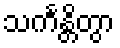
သင်္ကန္တိတွာ